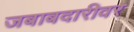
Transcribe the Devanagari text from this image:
जबाबदारीवर